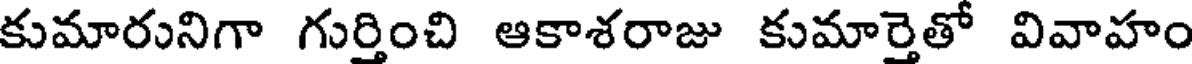
కుమారునిగా గుర్తించి ఆకాశరాజు కుమార్తెతో వివాహం